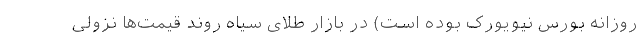
روزانه بورس نیویورک بوده است) در بازار طلای سیاه روند قیمت‌ها نزولی